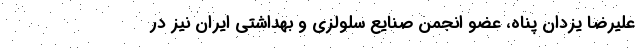
علیرضا یزدان پناه، عضو انجمن صنایع سلولزی و بهداشتی ایران نیز در